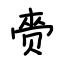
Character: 赍